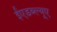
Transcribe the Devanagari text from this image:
ईएडब्ल्यूए